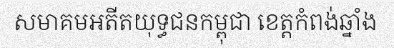
សមាគមអតីតយុទ្ធជនកម្ពុជា ខេត្តកំពង់ឆ្នាំង